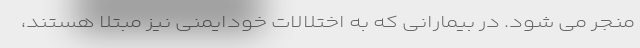
منجر می شود. در بیمارانی که به اختلالات خودایمنی نیز مبتلا هستند،